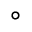
^ { \circ }